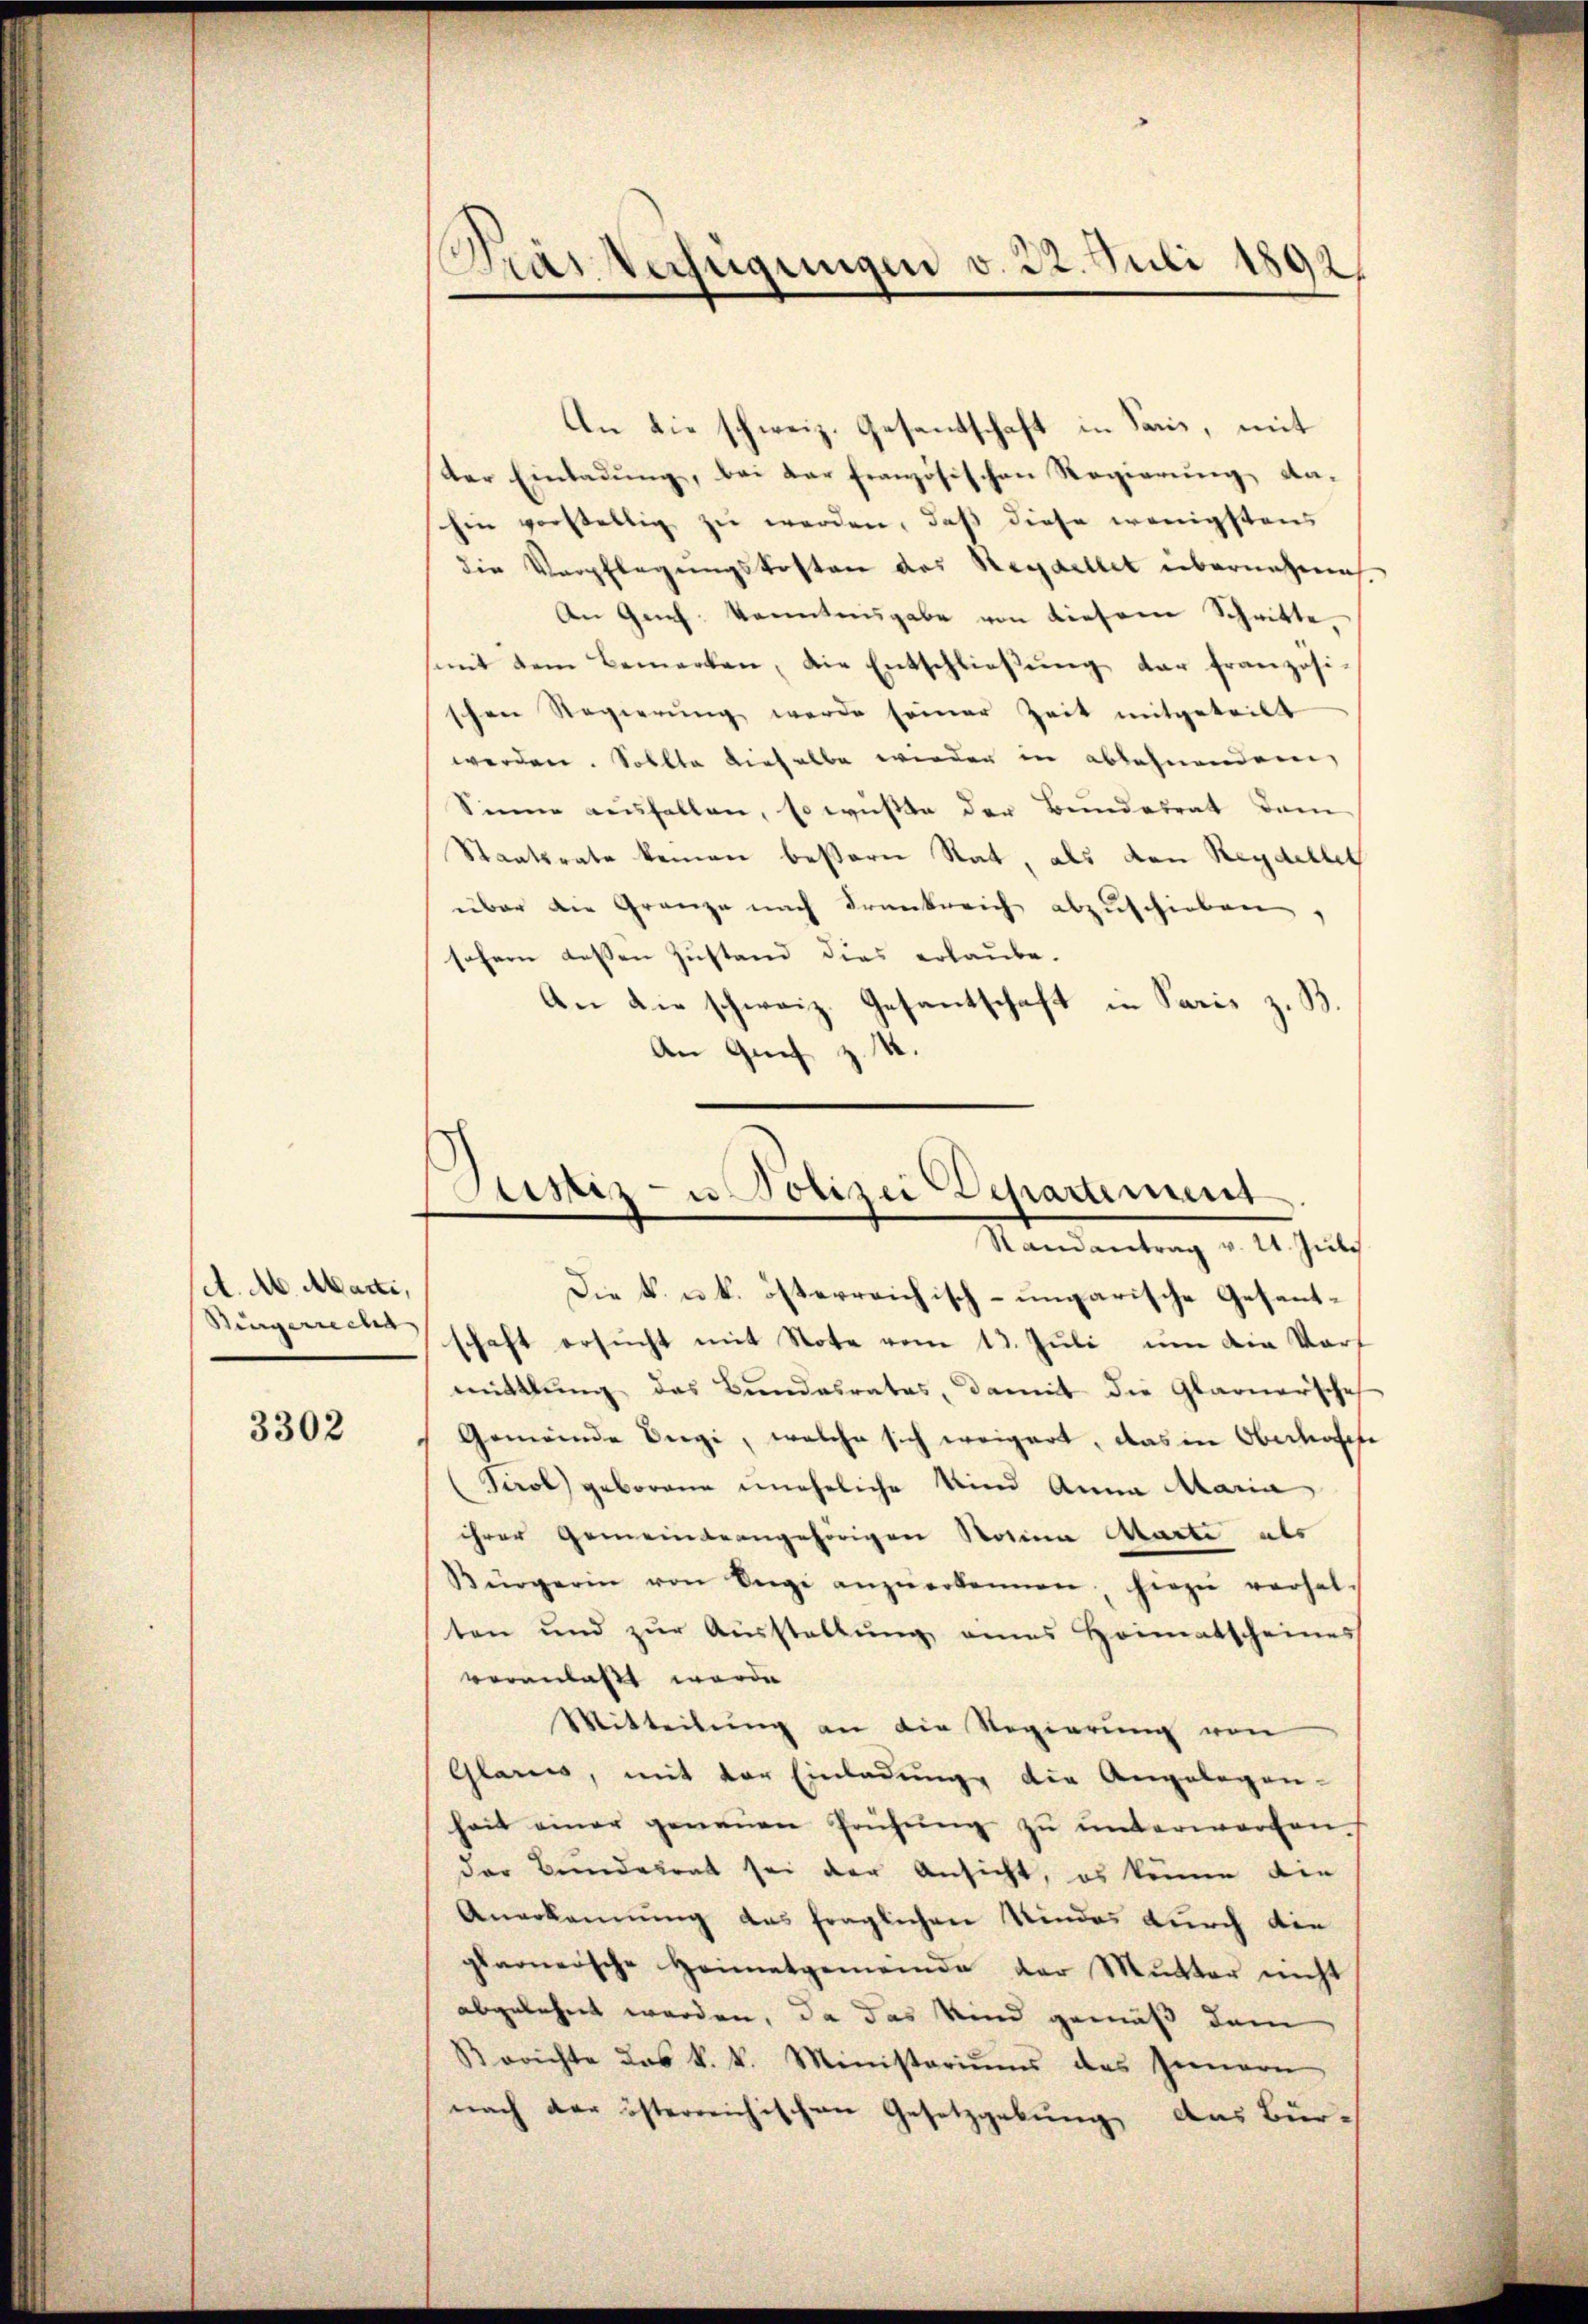
A. Ab. Marti,
Singerrecht

3302

Gras Verfügungen v. 22. Juli 1892.

Justiz- u Polizei Departement
Randantrag v. 21. Juli

An die schweiz. Gesandschaft in Sais, mit
der Einladŭng, bei der französischen Regierŭng da-
hin vorstellig zu werden, daß diese wenigstens
die Verpflegungskosten des Reydellet übernehmen
An Geh konntensgabe von diesem Schritte,
mit dem Bemerken, die Entschlieβŭng der französi
schen Regierŭng werde seiner Zeit mitgeteilt
werden. Sollte dieselbe wieder in ablehnendem
Sinne ausfallen, so wüßte der Bundesrat dem
Staatsrate keinen beßeren Rat, als den Reydellet
über die Gränze nach Krankreich abzuschieben
schern dessen Zustand dies erlaube.
An die schweiz. Gesantschaft in Paris z. B.
An Grif z. B.
Die k. u. k. österreichisch-ungarische Gesentschaft ersucht mit Note vom 13. Juli um die darf
mittlung des Bundesrates, damit die Glarnersche
Gemeinde Siege, welche sich weigert, das in Oberhasche
Paol geborene uneheliche Kind Anna Maria
ihrer Gemeindeangehörigen Rosina Marte als
Bürgerin von Segi anzuerkennen hiezu verhal-
ten und zŭr Aŭsstellŭng eines Heimatscheines
veranlasst werde
Mitteilung an die Regierung von
Glarus, mit der Einladung die Angelegen-
hait einer genauen Prüfŭng zŭ ŭnterworfen.
der Bundesrat sei der Ansicht, es könne die
Anerkannung das fraglichen Kindes durch die
glaoerische Heimatgemeinde der Mutter nicht
abgelehnt werden, da das Kind gemäß dem
Berichte das k. k. Ministeriums des Innern
nach der österreichischen Gesetzgebung, das Bür-